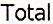
TOTAL